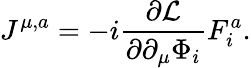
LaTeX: J^{\mu,a}=-i\frac{\partial\cal L}{\partial\partial_{\mu}\Phi_{i}}F_{i}^{a}.